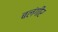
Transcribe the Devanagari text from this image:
बलंगीर